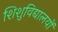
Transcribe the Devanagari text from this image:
शिशुविद्यालयों